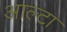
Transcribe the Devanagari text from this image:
आल्टा